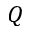
Q